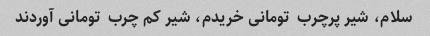
سلام، شیر پرچرب  تومانی خریدم، شیر کم چرب  تومانی آوردند